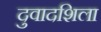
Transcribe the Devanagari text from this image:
दुवादशिला